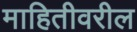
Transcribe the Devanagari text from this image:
माहितीवरील